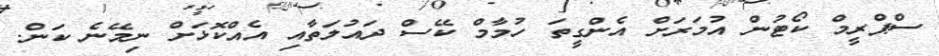
ސްޕްރީމް ކޯޓުން އުމަރަށް އެންގީތަ ހުމާމް ކޭސް ދައުލަތާއި އެއްކޮޅަށް ނިމޭނެ ކަން.